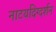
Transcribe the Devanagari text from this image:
नाटयदिग्दर्शन